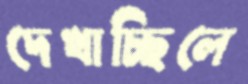
দেখাচ্ছিলে